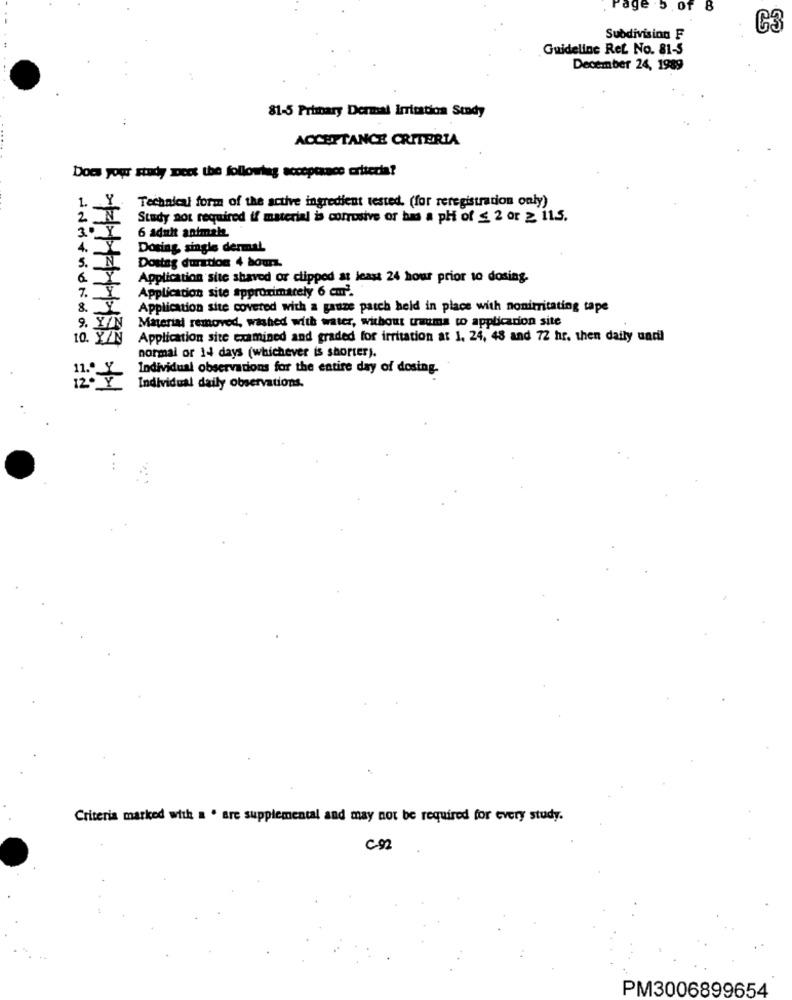
age
B
G3
Subdivision F
Guideline Ret. No. 81-5
December 24, 1989
81-5 Primary Dermal Irritation Stady
ACCEPTANCE CRITERIA
Does your stady meet the following acceptance criteria?
1.
Technical form of the active ingredient tested. (for reregistration only)
Study not required if material to corrosive or has a ph of ≤ 2 or 2 115.
3º
6 adult animale.
4.
Dosing, single dermal
Dosing duration 4 hours.
5.
Application site shaved or clipped at least 24 hour prior to dosing.
Application site approximately 6 cm2.
7.
Application site covered with a gauze patch held in place with nonirritating tape
9. Y
Material removed, washed with water, without trauma to application site
10. Y/N
Application site examined and graded for irritation at 1. 24, 48 and 72 hr. then daily undil
normal or 14 days (whichever is shorter).
Individual observations for the entire day of dosing.
11. 7
Individual daily observations.
Criteria marked with a . are supplemental and may not be required for every study.
C.92
PM3006899654